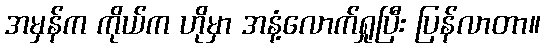
အမှန်က ကိုယ်က ဟိုမှာ အနံ့လောက်ရှုပြီး ပြန်လာတာ။